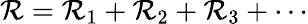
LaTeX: {\big.}\mathcal{R}=\mathcal{R}_{1}+\mathcal{R}_{2}+\mathcal{R}_{3}+\cdots